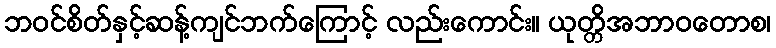
ဘဝင်စိတ်နှင့်ဆန့်ကျင်ဘက်ကြောင့် လည်းကောင်း။ ယုတ္တိအဘာဝတောစ၊